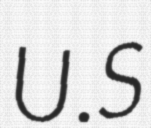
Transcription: U.S